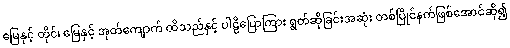
မြေနှင့် တိုင်၊ မြေနှင့် အုတ်ကျောက် ထိသည်နှင့် ပါဠိပြောကြား ရွတ်ဆိုခြင်းအဆုံး တစ်ပြိုင်နက်ဖြစ်အောင်ဆို၍